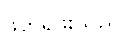
ဖတ်ရဖူးသည်။